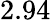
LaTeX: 2.94